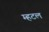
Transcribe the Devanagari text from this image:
म्हटल